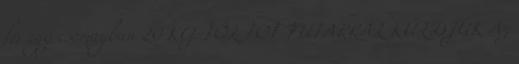
fér egy csomagban 20 KG-TŐL TOF FUTÁRRAL KÜLDJÜK Az